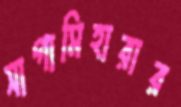
সাগামিহারার